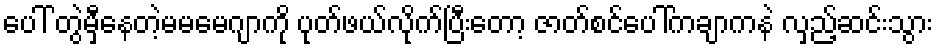
ပေါ် တွဲမှီနေတဲ့မမမေဂျာကို ပုတ်ဖယ်လိုက်ပြီးတော့ ဇာတ်စင်ပေါ်ကချာကနဲ လှည့်ဆင်းသွား